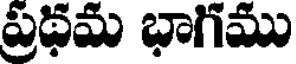
ప్రథమ భాగము